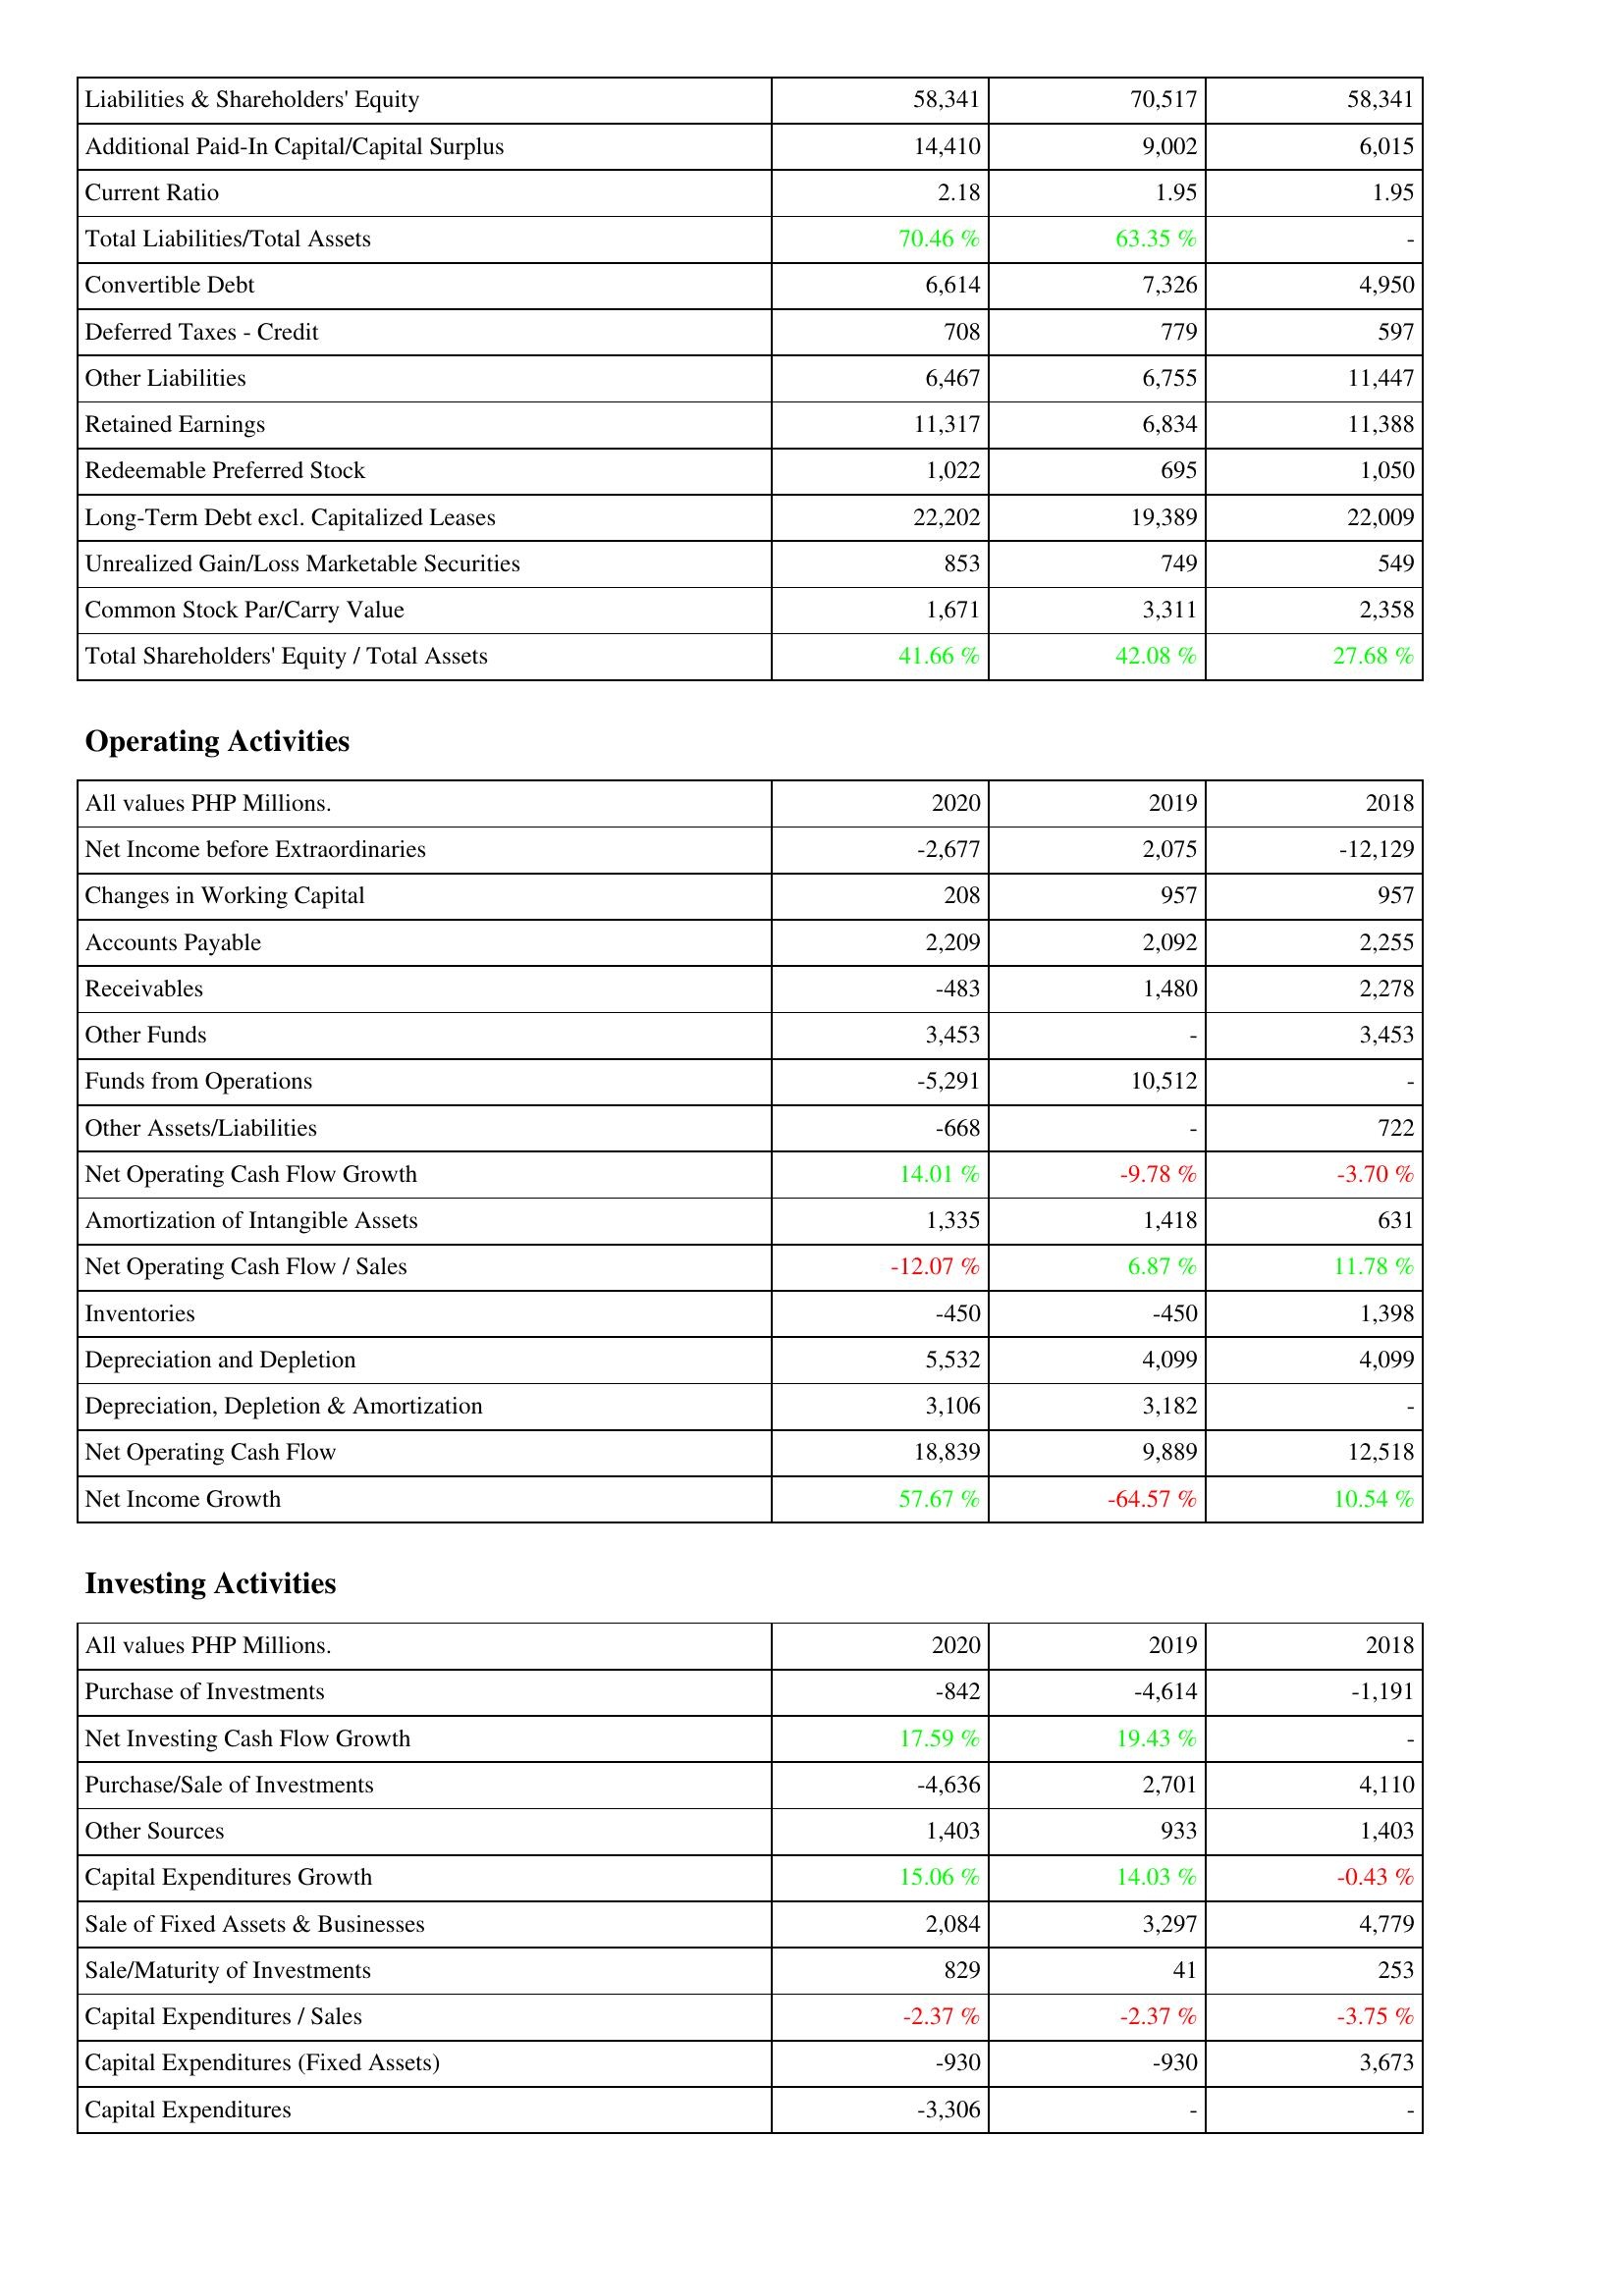
2020: Liabilities & Shareholders' Equity: Liabilities & Shareholders' Equity: 58,341
Additional Paid-In Capital/Capital Surplus: 14,410
Current Ratio: 2.18
Total Liabilities/Total Assets: 70.46 %
Convertible Debt: 6,614
Deferred Taxes - Credit: 708
Other Liabilities: 6,467
Retained Earnings: 11,317
Redeemable Preferred Stock: 1,022
Long-Term Debt excl. Capitalized Leases: 22,202
Unrealized Gain/Loss Marketable Securities: 853
Common Stock Par/Carry Value: 1,671
Total Shareholders' Equity / Total Assets: 41.66 %
Operating Activities: Net Income before Extraordinaries: -2,677
Changes in Working Capital: 208
Accounts Payable: 2,209
Receivables: -483
Other Funds: 3,453
Funds from Operations: -5,291
Other Assets/Liabilities: -668
Net Operating Cash Flow Growth: 14.01 %
Amortization of Intangible Assets: 1,335
Net Operating Cash Flow / Sales: -12.07 %
Inventories: -450
Depreciation and Depletion: 5,532
Depreciation, Depletion & Amortization: 3,106
Net Operating Cash Flow: 18,839
Net Income Growth: 57.67 %
Investing Activities: Purchase of Investments: -842
Net Investing Cash Flow Growth: 17.59 %
Purchase/Sale of Investments: -4,636
Other Sources: 1,403
Capital Expenditures Growth: 15.06 %
Sale of Fixed Assets & Businesses: 2,084
Sale/Maturity of Investments: 829
Capital Expenditures / Sales: -2.37 %
Capital Expenditures (Fixed Assets): -930
Capital Expenditures: -3,306
2019: Liabilities & Shareholders' Equity: Liabilities & Shareholders' Equity: 70,517
Additional Paid-In Capital/Capital Surplus: 9,002
Current Ratio: 1.95
Total Liabilities/Total Assets: 63.35 %
Convertible Debt: 7,326
Deferred Taxes - Credit: 779
Other Liabilities: 6,755
Retained Earnings: 6,834
Redeemable Preferred Stock: 695
Long-Term Debt excl. Capitalized Leases: 19,389
Unrealized Gain/Loss Marketable Securities: 749
Common Stock Par/Carry Value: 3,311
Total Shareholders' Equity / Total Assets: 42.08 %
Operating Activities: Net Income before Extraordinaries: 2,075
Changes in Working Capital: 957
Accounts Payable: 2,092
Receivables: 1,480
Other Funds: -
Funds from Operations: 10,512
Other Assets/Liabilities: -
Net Operating Cash Flow Growth: -9.78 %
Amortization of Intangible Assets: 1,418
Net Operating Cash Flow / Sales: 6.87 %
Inventories: -450
Depreciation and Depletion: 4,099
Depreciation, Depletion & Amortization: 3,182
Net Operating Cash Flow: 9,889
Net Income Growth: -64.57 %
Investing Activities: Purchase of Investments: -4,614
Net Investing Cash Flow Growth: 19.43 %
Purchase/Sale of Investments: 2,701
Other Sources: 933
Capital Expenditures Growth: 14.03 %
Sale of Fixed Assets & Businesses: 3,297
Sale/Maturity of Investments: 41
Capital Expenditures / Sales: -2.37 %
Capital Expenditures (Fixed Assets): -930
Capital Expenditures: -
2018: Liabilities & Shareholders' Equity: Liabilities & Shareholders' Equity: 58,341
Additional Paid-In Capital/Capital Surplus: 6,015
Current Ratio: 1.95
Total Liabilities/Total Assets: -
Convertible Debt: 4,950
Deferred Taxes - Credit: 597
Other Liabilities: 11,447
Retained Earnings: 11,388
Redeemable Preferred Stock: 1,050
Long-Term Debt excl. Capitalized Leases: 22,009
Unrealized Gain/Loss Marketable Securities: 549
Common Stock Par/Carry Value: 2,358
Total Shareholders' Equity / Total Assets: 27.68 %
Operating Activities: Net Income before Extraordinaries: -12,129
Changes in Working Capital: 957
Accounts Payable: 2,255
Receivables: 2,278
Other Funds: 3,453
Funds from Operations: -
Other Assets/Liabilities: 722
Net Operating Cash Flow Growth: -3.70 %
Amortization of Intangible Assets: 631
Net Operating Cash Flow / Sales: 11.78 %
Inventories: 1,398
Depreciation and Depletion: 4,099
Depreciation, Depletion & Amortization: -
Net Operating Cash Flow: 12,518
Net Income Growth: 10.54 %
Investing Activities: Purchase of Investments: -1,191
Net Investing Cash Flow Growth: -
Purchase/Sale of Investments: 4,110
Other Sources: 1,403
Capital Expenditures Growth: -0.43 %
Sale of Fixed Assets & Businesses: 4,779
Sale/Maturity of Investments: 253
Capital Expenditures / Sales: -3.75 %
Capital Expenditures (Fixed Assets): 3,673
Capital Expenditures: -